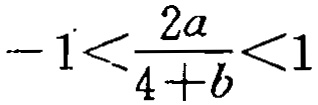
\(-1<\frac{2a}{4 + b}<1\)